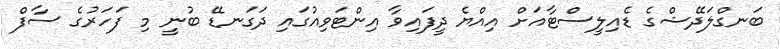
ބަނގްލަދޭޝްގެ ޑެއިލީސްޓާއަށް އިއްޔެ ދީފައިވާ އިންޓަވިއުގައި ދަގަނޑޭ ބުނީ މި ފަހަރުގެ ސާފް